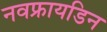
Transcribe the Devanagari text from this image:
नवफ्रायडिन